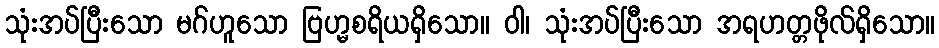
သုံးအပ်ပြီးသော မဂ်ဟူသော ဗြဟ္မစရိယရှိသော။ ဝါ၊ သုံးအပ်ပြီးသော အရဟတ္တဖိုလ်ရှိသော။